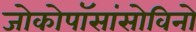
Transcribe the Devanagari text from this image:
जोकोपॉसांसोविनो